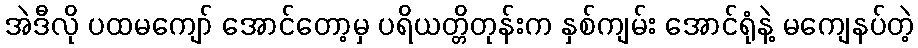
အဲဒီလို ပထမကျော် အောင်တော့မှ ပရိယတ္တိတုန်းက နှစ်ကျမ်း အောင်ရုံနဲ့ မကျေနပ်တဲ့